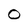
Character: 0